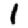
Digit: 1